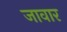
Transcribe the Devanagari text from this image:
जावार